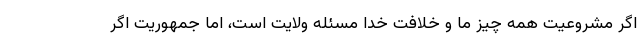
اگر مشروعیت همه چیز ما و خلافت خدا مسئله ولایت است، اما جمهوریت اگر